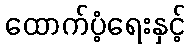
ထောက်ပံ့ရေးနှင့်